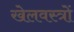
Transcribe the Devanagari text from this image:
खेलवस्त्रों